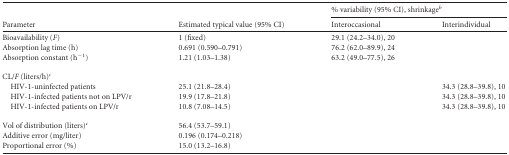
<table><thead><tr><td rowspan="2"><b>Parameter</b></td><td rowspan="2"><b>Estimated typical value (95% CI)</b></td><td colspan="2"><b>% variability (95% CI), shrinkage<sup><i>b</i></sup></b></td></tr><tr><td><b>Interoccasional</b></td><td><b>Interindividual</b></td></tr></thead><tbody><tr><td>Bioavailability (<i>F</i>)</td><td>1 (fixed)</td><td>29.1 (24.2–34.0), 20</td><td></td></tr><tr><td>Absorption lag time (h)</td><td>0.691 (0.590–0.791)</td><td>76.2 (62.0–89.9), 24</td><td></td></tr><tr><td>Absorption constant (h<sup>−1</sup>)</td><td>1.21 (1.03–1.38)</td><td>63.2 (49.0–77.5), 26</td><td></td></tr><tr><td>CL/<i>F</i> (liters/h)<sup><i>c</i></sup></td><td></td><td></td><td></td></tr><tr><td>HIV-1-uninfected patients</td><td>25.1 (21.8–28.4)</td><td></td><td>34.3 (28.8–39.8), 10</td></tr><tr><td>HIV-1-infected patients not on LPV/r</td><td>19.9 (17.8–21.8)</td><td></td><td>34.3 (28.8–39.8), 10</td></tr><tr><td>HIV-1-infected patients on LPV/r</td><td>10.8 (7.08–14.5)</td><td></td><td>34.3 (28.8–39.8), 10</td></tr><tr><td>Vol of distribution (liters)<sup><i>c</i></sup></td><td>56.4 (53.7–59.1)</td><td></td><td></td></tr><tr><td>Additive error (mg/liter)</td><td>0.196 (0.174–0.218)</td><td></td><td></td></tr><tr><td>Proportional error (%)</td><td>15.0 (13.2–16.8)</td><td></td><td></td></tr></tbody></table>